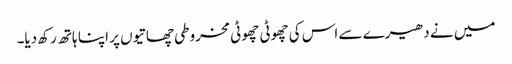
میں نے دھیرے سے اس کی چھوٹی چھوٹی مخروطی چھاتیوں پر اپنا ہاتھ رکھ دیا۔